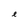
Character: e